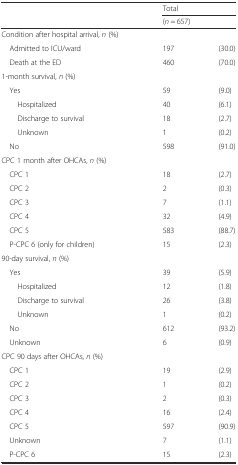
<table><thead><tr><td rowspan="2"></td><td colspan="2"><b>Total</b></td></tr><tr><td colspan="2"><b>(<i>n</i> = 657)</b></td></tr></thead><tbody><tr><td>Condition after hospital arrival, <i>n</i> (%)</td><td></td><td></td></tr><tr><td> Admitted to ICU/ward</td><td>197</td><td>(30.0)</td></tr><tr><td> Death at the ED</td><td>460</td><td>(70.0)</td></tr><tr><td>1-month survival, <i>n</i> (%)</td><td></td><td></td></tr><tr><td> Yes</td><td>59</td><td>(9.0)</td></tr><tr><td>Hospitalized</td><td>40</td><td>(6.1)</td></tr><tr><td>Discharge to survival</td><td>18</td><td>(2.7)</td></tr><tr><td>Unknown</td><td>1</td><td>(0.2)</td></tr><tr><td> No</td><td>598</td><td>(91.0)</td></tr><tr><td>CPC 1 month after OHCAs, <i>n</i> (%)</td><td></td><td></td></tr><tr><td> CPC 1</td><td>18</td><td>(2.7)</td></tr><tr><td> CPC 2</td><td>2</td><td>(0.3)</td></tr><tr><td> CPC 3</td><td>7</td><td>(1.1)</td></tr><tr><td> CPC 4</td><td>32</td><td>(4.9)</td></tr><tr><td> CPC 5</td><td>583</td><td>(88.7)</td></tr><tr><td> P-CPC 6 (only for children)</td><td>15</td><td>(2.3)</td></tr><tr><td>90-day survival, <i>n</i> (%)</td><td></td><td></td></tr><tr><td> Yes</td><td>39</td><td>(5.9)</td></tr><tr><td>Hospitalized</td><td>12</td><td>(1.8)</td></tr><tr><td>Discharge to survival</td><td>26</td><td>(3.8)</td></tr><tr><td>Unknown</td><td>1</td><td>(0.2)</td></tr><tr><td> No</td><td>612</td><td>(93.2)</td></tr><tr><td> Unknown</td><td>6</td><td>(0.9)</td></tr><tr><td>CPC 90 days after OHCAs, <i>n</i> (%)</td><td></td><td></td></tr><tr><td> CPC 1</td><td>19</td><td>(2.9)</td></tr><tr><td> CPC 2</td><td>1</td><td>(0.2)</td></tr><tr><td> CPC 3</td><td>2</td><td>(0.3)</td></tr><tr><td> CPC 4</td><td>16</td><td>(2.4)</td></tr><tr><td> CPC 5</td><td>597</td><td>(90.9)</td></tr><tr><td> Unknown</td><td>7</td><td>(1.1)</td></tr><tr><td> P-CPC 6</td><td>15</td><td>(2.3)</td></tr></tbody></table>